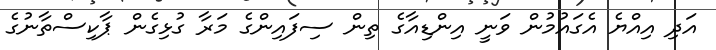
އަދި އިއްޔެ އެގައުމުން ވަނީ އިންޑިއާގެ ތިން ސިފައިންގެ މަރާ ގުޅިގެން ޕާކިސްތާނުގެ